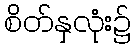
စိတ်နှလုံး၌